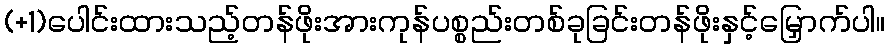
(+1)ပေါင်းထားသည့်တန်ဖိုးအားကုန်ပစ္စည်းတစ်ခုခြင်းတန်ဖိုးနှင့်မြှောက်ပါ။